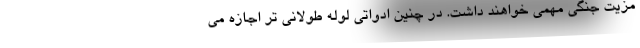
مزیت جنگی مهمی خواهند داشت. در چنین ادواتی لوله طولانی تر اجازه می